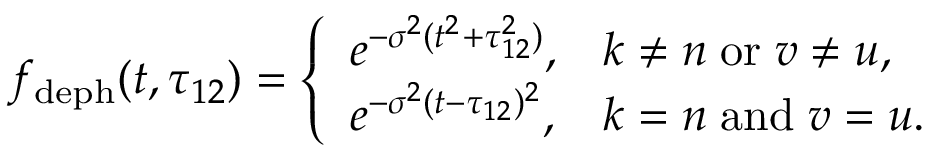
f _ { \mathrm { d e p h } } ( t , \tau _ { 1 2 } ) = \left\{ \begin{array} { l l } { e ^ { - \sigma ^ { 2 } ( t ^ { 2 } + \tau _ { 1 2 } ^ { 2 } ) } , } & { k \neq n \; \mathrm { o r } \; v \neq u , } \\ { e ^ { - \sigma ^ { 2 } ( t - \tau _ { 1 2 } ) ^ { 2 } } , } & { k = n \; \mathrm { a n d } \; v = u . } \end{array} \right.